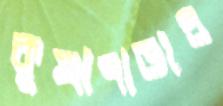
কুখাপাড়ার